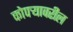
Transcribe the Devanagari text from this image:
कोपर्‍यावरील